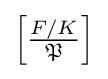
{\textstyle \left[{\frac {F/K}{\mathfrak {P}}}\right]}